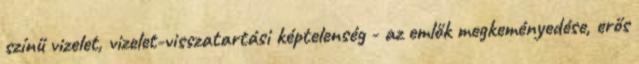
színű vizelet, vizelet-visszatartási képtelenség - az emlők megkeményedése, erős